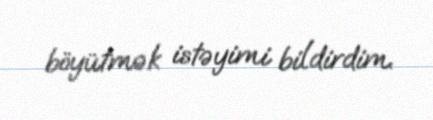
böyütmək istəyimi bildirdim.